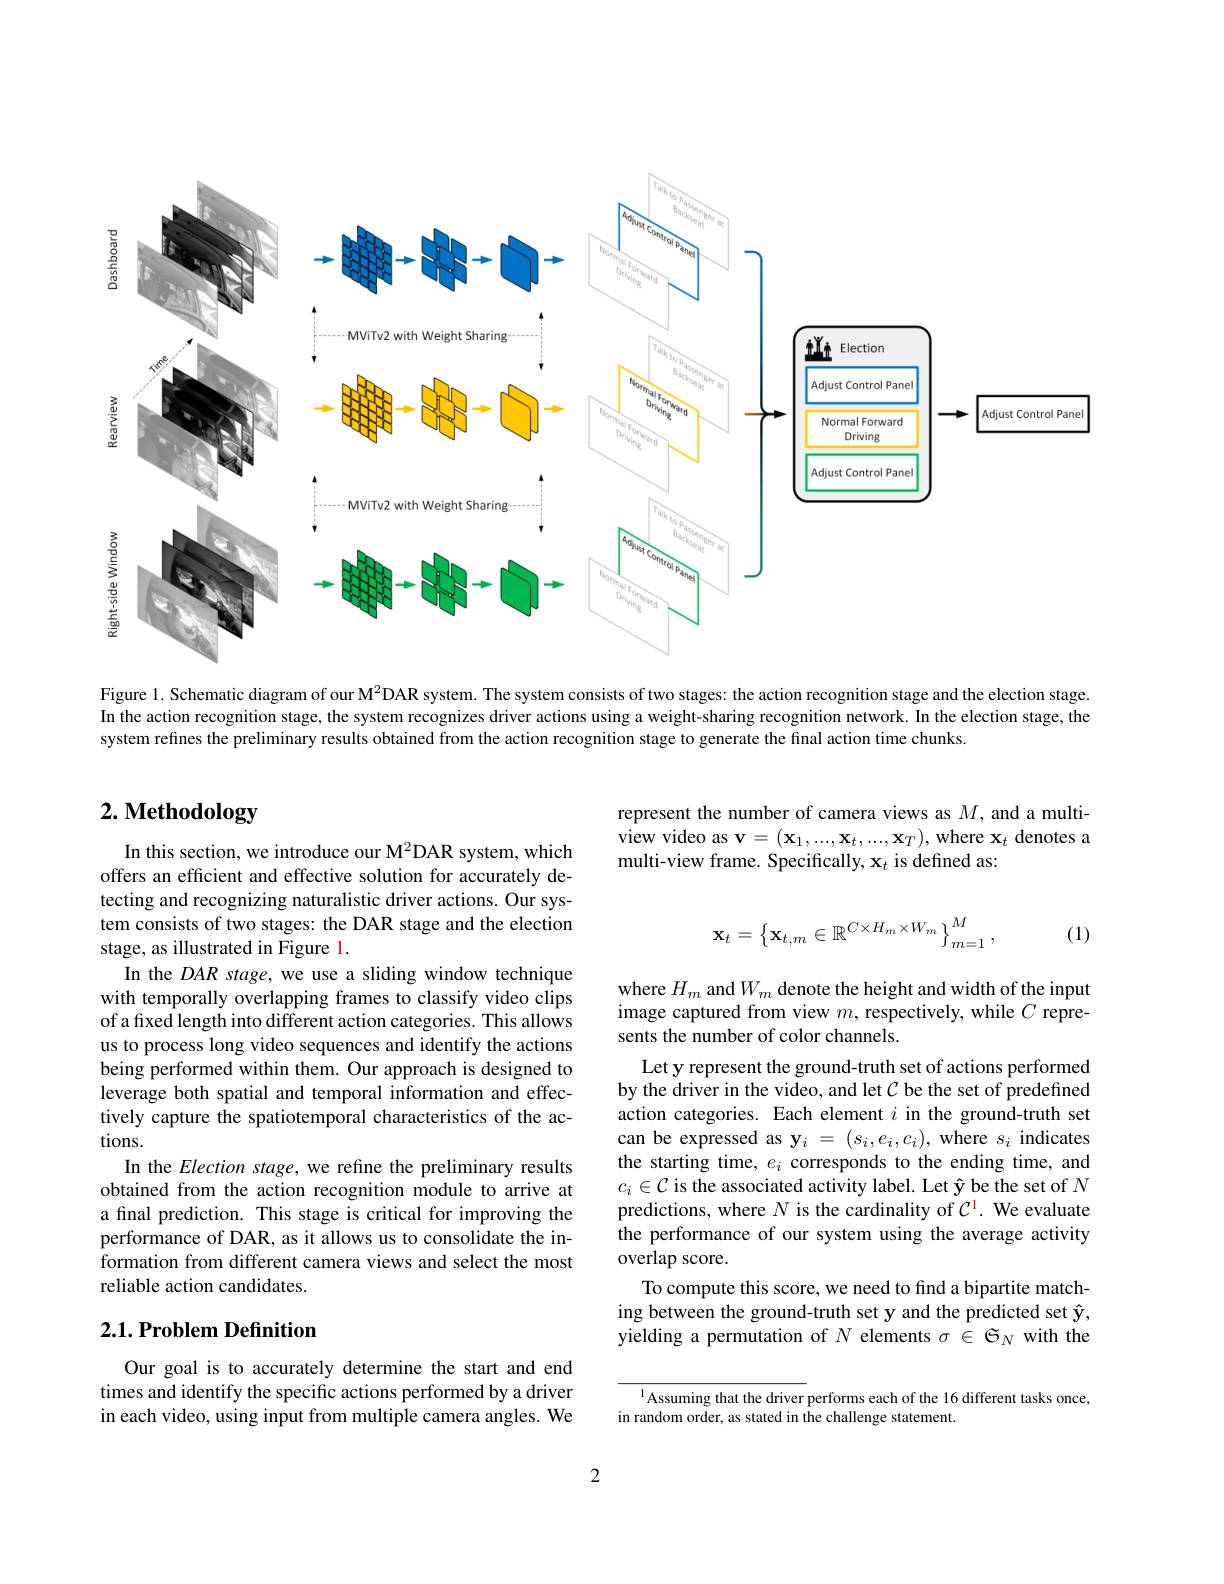
<FigureHere>

Figure 1. Schematic diagram of our $\mathbf{M}^{2}$DAR system. The system consists of two stages: the action recognition stage and the election stage. In the action recognition stage, the system recognizes driver actions using a weight-sharing recognition network. In the election stage, the system refines the preliminary results obtained from the action recognition stage to generate the final action time chunks.

# 2. Methodology

In this section, we introduce our M$^2$DAR system, which offers an efficient and effective solution for accurately detecting and recognizing naturalistic driver actions. Our system consists of two stages: the DAR stage and the election stage, as illustrated in Figure 1.
In the DAR stage, we use a sliding window technique with temporally overlapping frames to classify video clips of a fixed length into different action categories. This allows us to process long video sequences and identify the actions being performed within them. Our approach is designed to leverage both spatial and temporal information and effectively capture the spatiotemporal characteristics of the actions.
In the Election stage, we refine the preliminary results obtained from the action recognition module to arrive at a final prediction. This stage is critical for improving the performance of DAR, as it allows us to consolidate the information from different camera views and select the most reliable action candidates.

## $2. 1. \textbf{Problem Definition}$

Our goal is to accurately determine the start and end times and identify the specific actions performed by a driver in each video, using input from multiple camera angles. We

represent the number of camera views as $M$, and a multiview video as $\mathbf{v}=(\mathbf{x}_1,...,\mathbf{x}_t,...,\mathbf{x}_T)$,where $\mathbf{x}_t$ denotes a multi-view frame. Specifically, x$_t$ is defined as:
$$\mathbf{x}_t=\left\{\mathbf{x}_{t,m}\in\mathbb{R}^{C\times H_m\times W_m}\right\}_{m=1}^{M},$$
(1)

where $H_m$ and $W_m$ denote the height and width of the input image captured from view $m$, respectively, while $C$ represents the number of color channels.
Let y represent the ground-truth set of actions performed by the driver in the video, and let $C$ be the set of predefined action categories. Each element $i$ in the ground-truth set can be expressed as $\mathbf{y}_i=(s_i,e_i,c_i)$, where $s_i$ indicates the starting time, $e_i$ corresponds to the ending time, and $c_i\in\mathcal{C}$ is the associated activity label. Let $\hat{\mathbf{y}}$ be the set of $N$ predictions, where $N$ is the cardinality of $C^{\mathrm{l}}.$ We evaluate the performance of our system using the average activity overlap score.
To compute this score, we need to find a bipartite matching between the ground-truth set y and the predicted set $\hat{\mathbf{y}}$, yielding a permutation of $N$ elements $\sigma\in\mathfrak{G}_N$ with the

$^{1}$Assuming that the driver performs each of the 16 different tasks once,
in random order, as stated in the challenge statement.

2